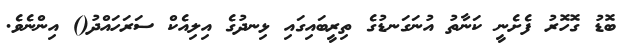
ބޮޑު ގޮހޮރު ފެށެނީ ކަނާތު އުނަގަނޑުގެ ތިރީބައިގައި ޅިނދުގެ އިލިއެކް ސަރަހައްދު() އިންނެވެ.